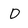
Character: D